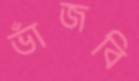
ভাঁজবি